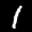
Label: 1